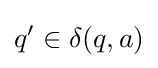
q^{\prime }\in \delta (q,a)